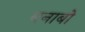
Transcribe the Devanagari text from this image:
बनाबो